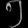
Digit: ၅